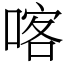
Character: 喀